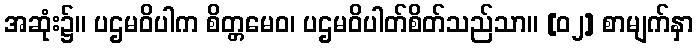
အဆုံး၌။ ပဌမဝိပါက စိတ္တမေဝ၊ ပဌမဝိပါတ်စိတ်သည်သာ။ [၀၂] စာမျက်နှာ